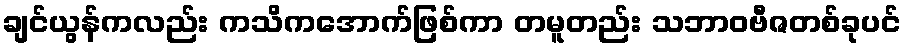
ချင်ယွန်ကလည်း ကသိကအောက်ဖြစ်ကာ တမူတည်း သဘာဝဗီဇတစ်ခုပင်